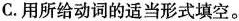
C.用所给动词的适当形式填空。